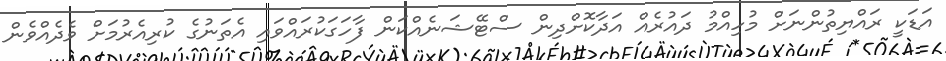
އަޑަކީ ރައްޔިތުންނަށް މުހިއްމު ދައުރެއް އަދާކޮށްދިން ސްޓޭޝަނެއްކަން ފާހަގަކުރައްވައި އެތަނުގެ ކުރިއެރުމަށް ވެދެއްވެން